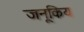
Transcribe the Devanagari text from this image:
जनूकिय